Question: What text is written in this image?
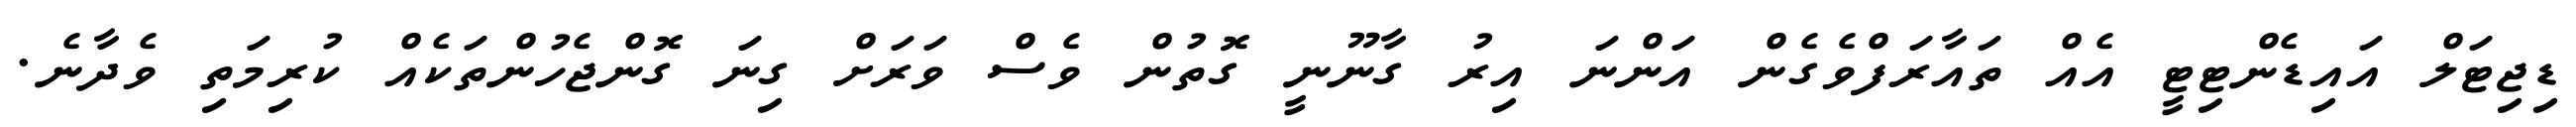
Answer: ޑިޖިޓަލް އައިޑެންޓިޓީ އެއް ތައާރަފްވެގެން އަންނަ އިރު ގާނޫނީ ގޮތުން ވެސް ވަރަށް ގިނަ ގޮންޖެހުންތަކެއް ކުރިމަތި ވެދާނެ.